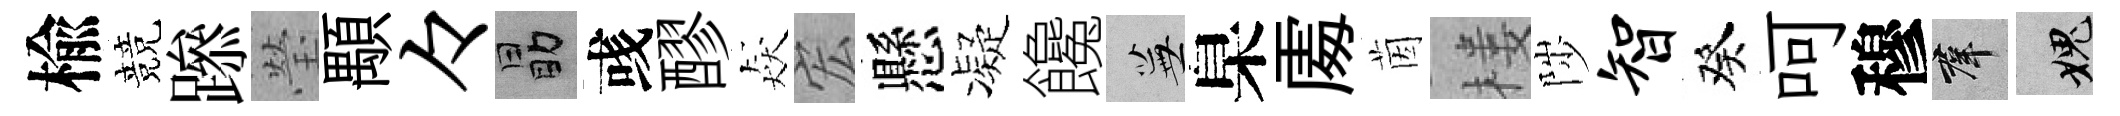
楡競𨅶瑩顒々勗彧醪猋宏懸凝饞蕪臬𠁅茵楼陟智癸呵穆群愧